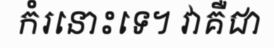
កំរនោះទេ។ វាគឺជា